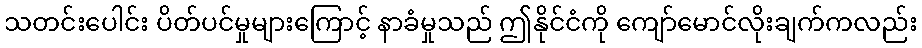
သတင်းပေါင်း ပိတ်ပင်မှုများကြောင့် နာခံမှုသည် ဤနိုင်ငံကို ကျော်မောင်လိုးချက်ကလည်း